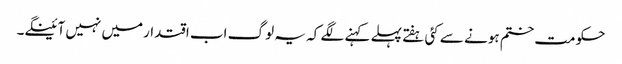
حکومت ختم ہونے سے کئی ہفتے پہلے کہنے لگے کہ یہ لوگ اب اقتدارمیں نہیں آئینگے۔